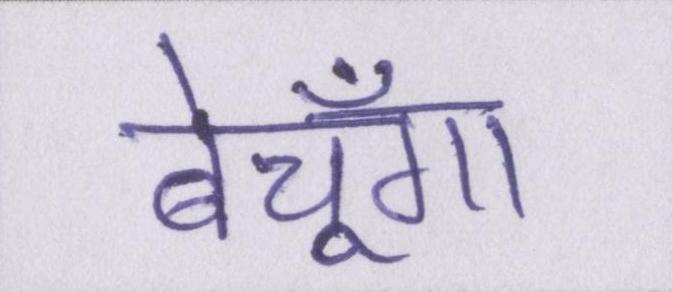
बेचूँगा